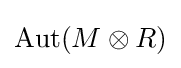
\operatorname {Aut} (M\otimes R)